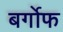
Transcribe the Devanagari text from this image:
बर्गोफ